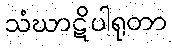
သံဃာဋိပါရုတာ